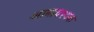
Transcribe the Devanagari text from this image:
आनावश्यक